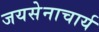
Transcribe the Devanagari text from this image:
जयसेनाचार्य